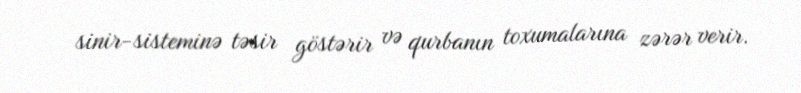
sinir-sisteminə təsir göstərir və qurbanın toxumalarına zərər verir.